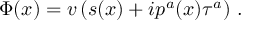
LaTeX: \Phi ( x ) = v \left( s ( x ) + i p ^ { a } ( x ) \tau ^ { a } \right) \, .